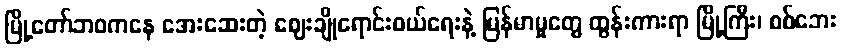
မြို့တော်ဘဝကနေ အေးဆေးတဲ့ ဈေးချိုရောင်းဝယ်ရေးနဲ့ မြန်မာမှုတွေ ထွန်းကားရာ မြို့ကြီး၊ စစ်ဘေး